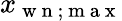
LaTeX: x_{\mathrm{~w~n~};\mathrm{~m~a~x~}}